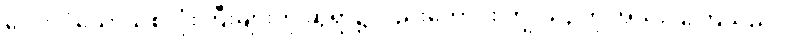
လေးလံသောသစ်လုံးကြီးများကို ဆွဲရာ၌လည်းကောင်း ကျွဲ ယဉ်ကို အသုံးပြုကြသည်။